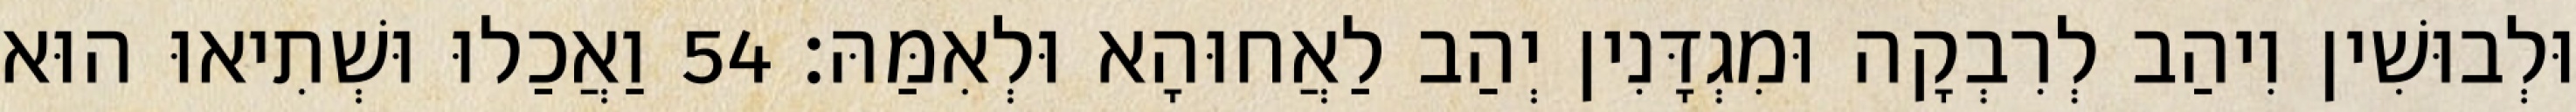
וּלְבוּשִׁין וִיהַב לְרִבְקָה וּמִגְדָּנִין יְהַב לַאֲחוּהָא וּלְאִמַּהּ׃ 54 וַאֲכַלוּ וּשְׁתִיאוּ הוּא